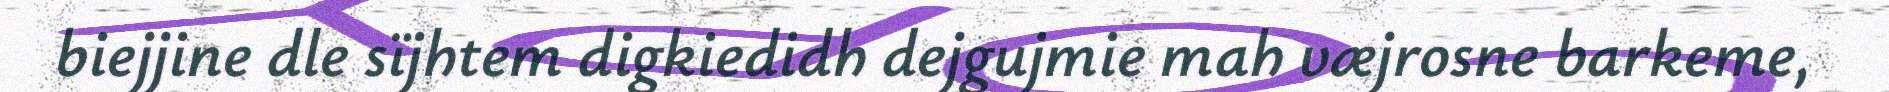
biejjine dle sïjhtem digkiedidh dejgujmie mah væjrosne barkeme,